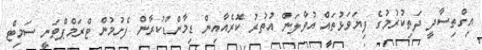
އިގްތިސާދީ ދަތިކުރުމުގެ ފިޔަވަޅުތައް އުވާލަން އުތުރު ކޮރެއާއިން ޑިމާންޑްކުރާން ފެށުމުން ޓްރަމްޕްވަނީ ސަމިޓް